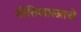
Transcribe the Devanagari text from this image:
नीतिशास्त्राचे